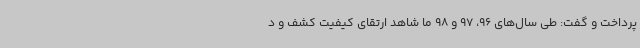
پرداخت و گفت: طی سال‌های 96، 97 و 98 ما شاهد ارتقای کیفیت کشف و د